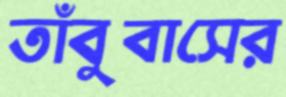
তাঁবুবাসের